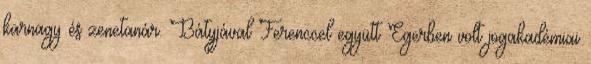
karnagy és zenetanár. Bátyjával Ferenccel együtt Egerben volt jogakadémiai